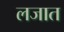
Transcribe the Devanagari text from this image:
लजात